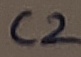
Text: C2